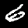
Digit: 6